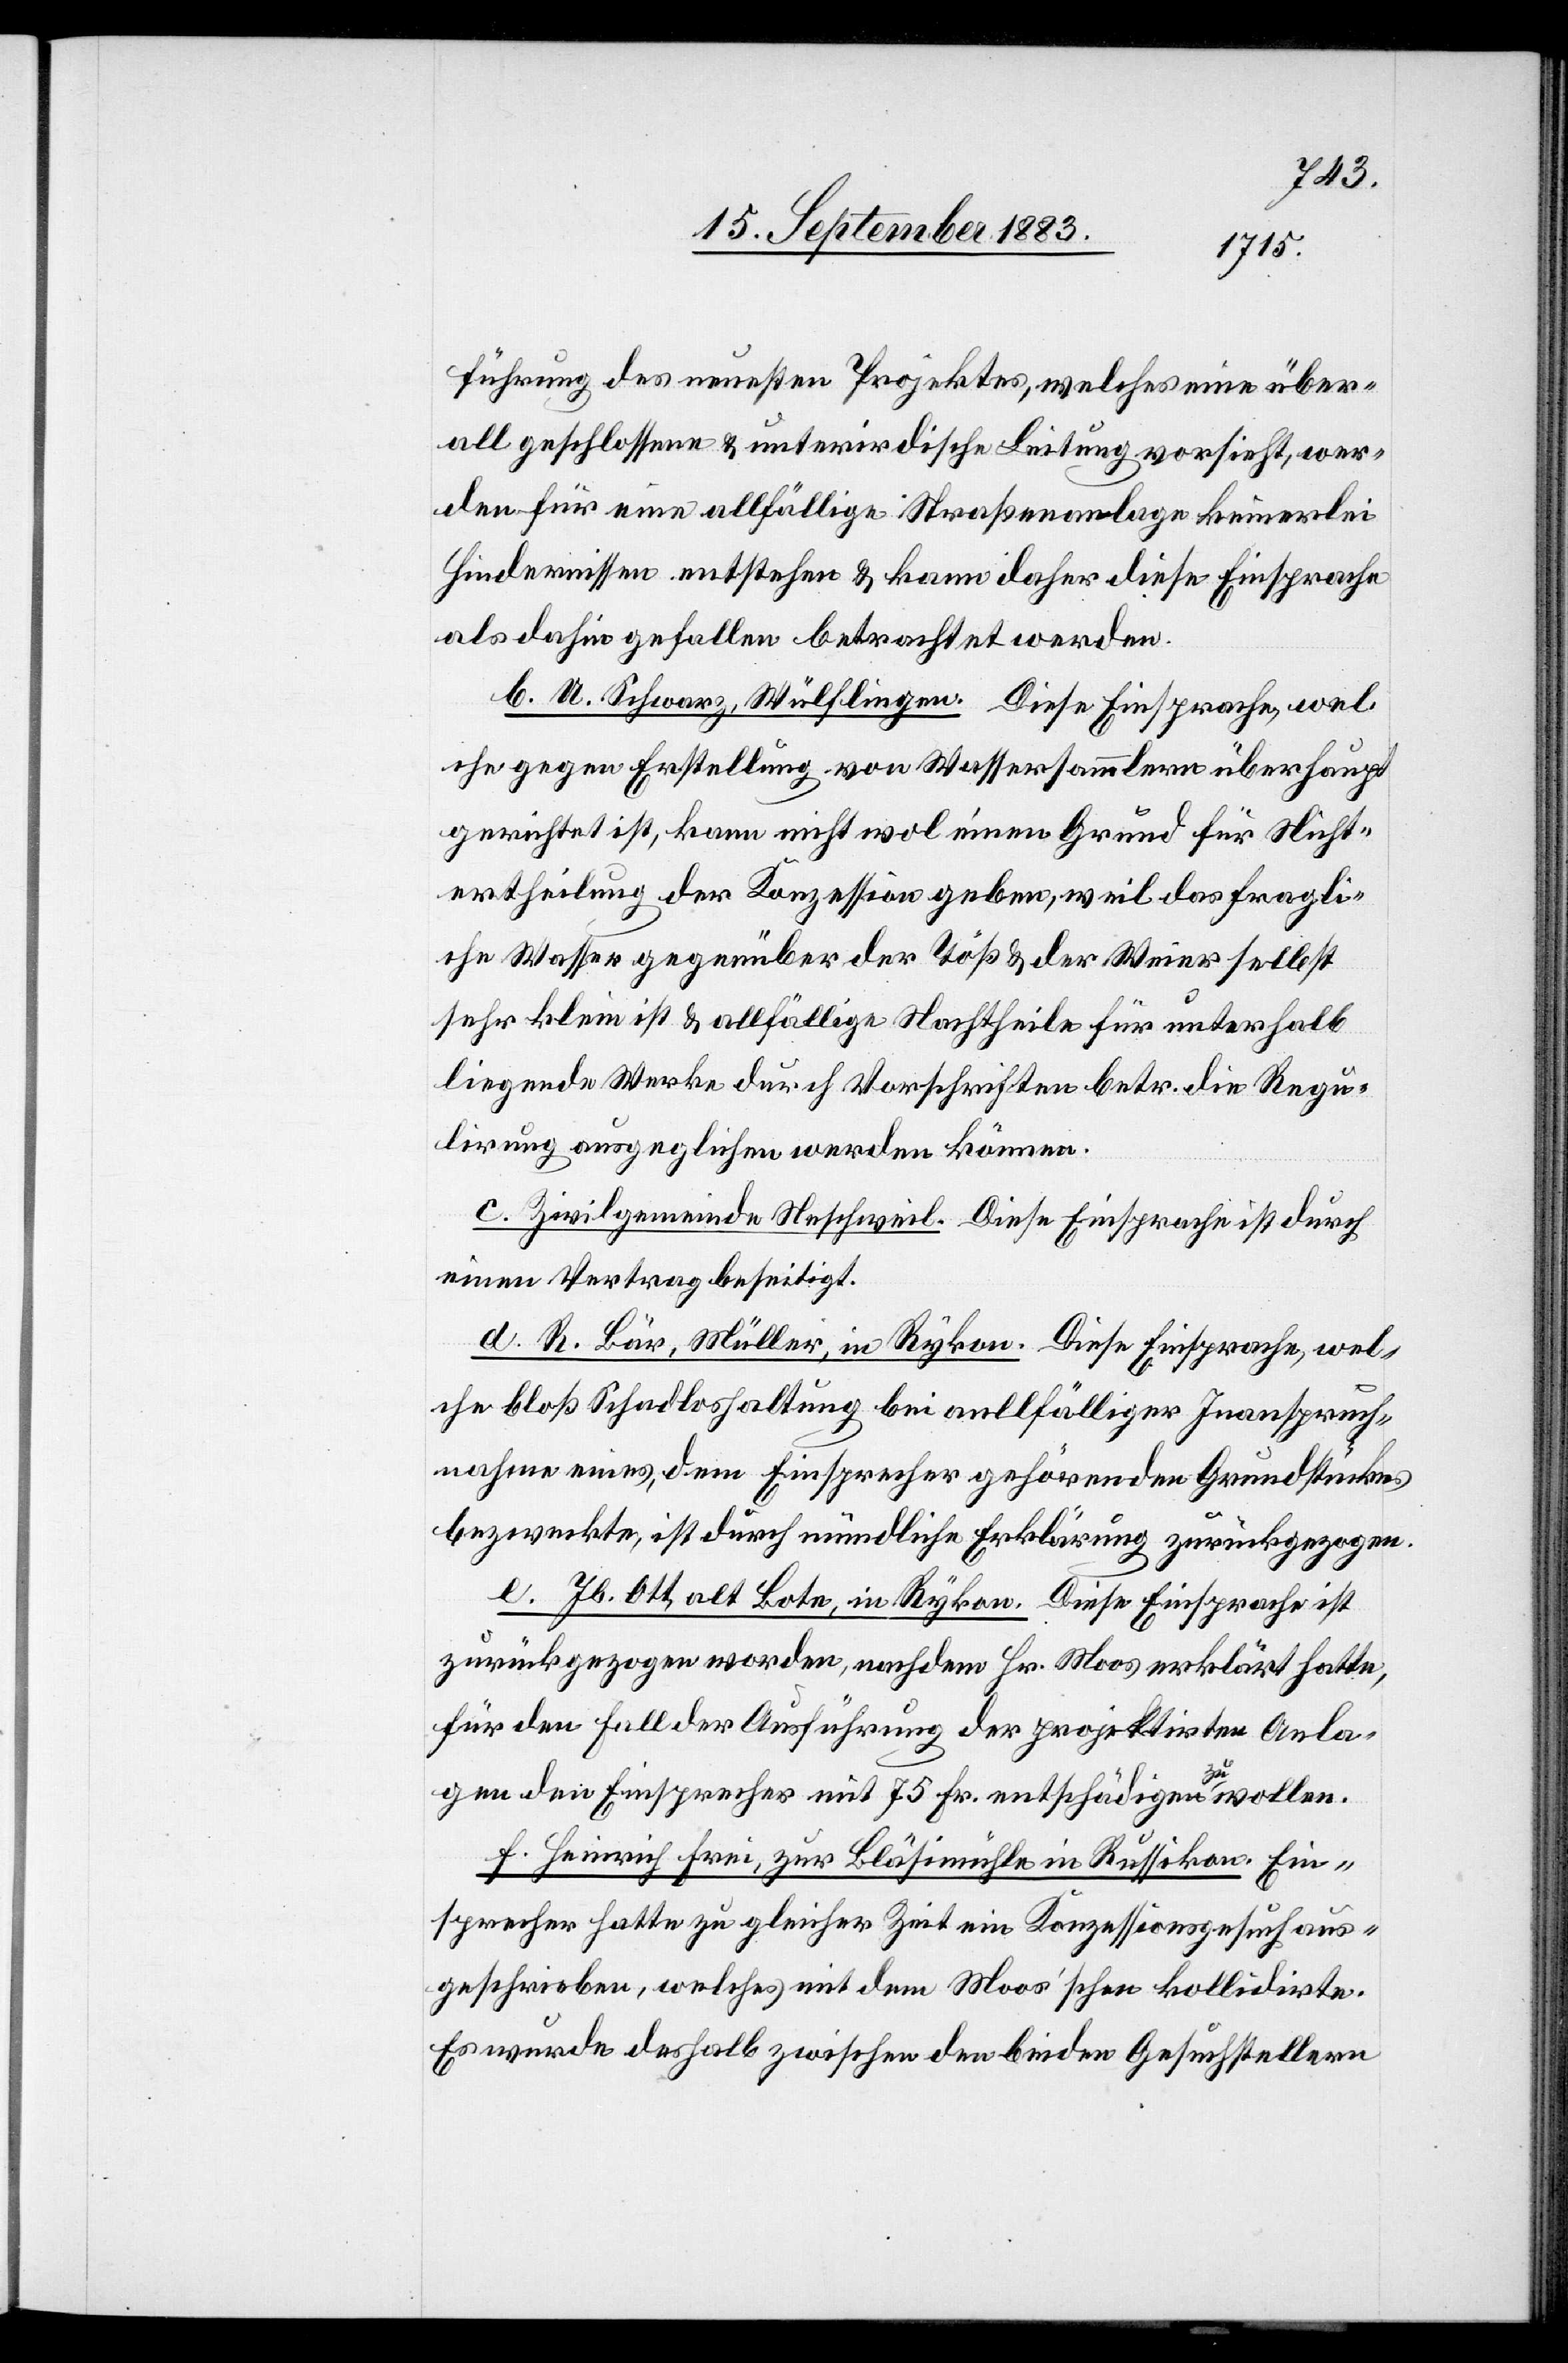
führung des neuesten Projektes, welches eine über¬
all geschlossene & unterirdische Leitung vorsieht, wer¬
den für eine allfällige Straßenanlage keinerlei
Hindernisse entstehen & kann daher diese Einsprache
als dahin gefallen betrachtet werden.
b. A. Schwarz, Wülflingen. Diese Einsprache, wel¬
che gegen Erstellung von Wassersammlern überhaupt
gerichtet ist, kann nicht wol einen Grund für Nicht¬
ertheilung der Konzession geben, weil das fragli¬
che Wasser gegenüber der Töß & der Weier selbst
sehr klein ist & allfällige Nachtheile für unterhalb
liegende Werke durch Vorschriften betr. die Regu¬
lirung ausgeglichen werden können.
c. Zivilgemeinde Neschweil. Diese Einsprache ist durch
einen Vertrag beseitigt.
d. R. Bär, Müller, in Rykon. Diese Einsprache, wel¬
che bloß Schadloshaltung bei allfälliger Inanspruch¬
nahme eines, dem Einsprecher gehörenden Grundstückes
bezweckte, ist durch mündliche Erklärung zurückgezogen.
e. Jb. Ott, alt Bote, in Rykon. Diese Einsprache ist
zurückgezogen worden, nachdem Hr. Moos erklärt hatte,
für den Fall der Ausführung der projektirten Anla¬
gen den Einsprecher mit 75 Fr. entschädigen zu wollen.
f. Heinrich Frei, zur Bläsimühle in Russikon. Ein¬
sprecher hatte zu gleicher Zeit ein Konzessionsgesuch aus¬
geschrieben, welches mit dem Moos’schen kollidirte.
Es wurde deshalb zwischen den beiden Gesuchstellern